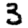
Digit: 3